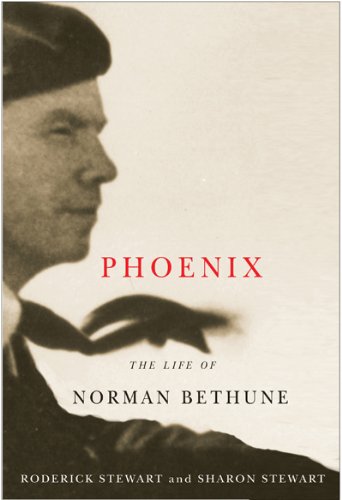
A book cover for hoenix: The Life of Norman Bethune; Roderick Stewart; Biographies & Memoirs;